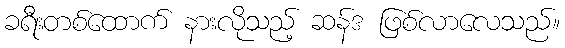
ခရီးတစ်ထောက် နားလိုသည့် ဆန်ဒ ဖြစ်လာလေသည်။